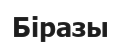
Біразы